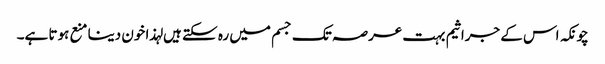
چونکہ اس کے جراثیم بہت عرصہ تک جسم میں رہ سکتے ہیں لہذا خون دینا منع ہوتا ہے۔